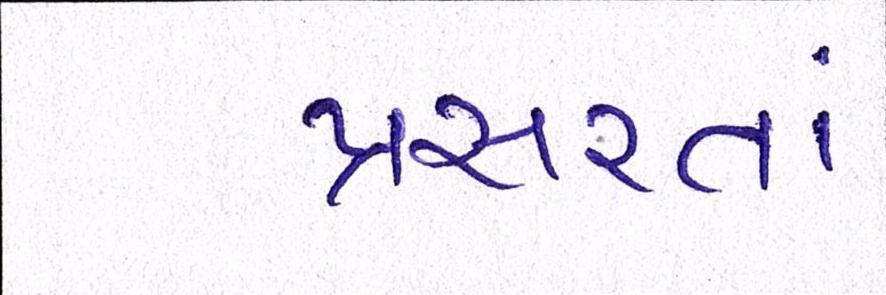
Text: પ્રસરતાં